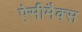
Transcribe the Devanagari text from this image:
ऐसीमैक्स